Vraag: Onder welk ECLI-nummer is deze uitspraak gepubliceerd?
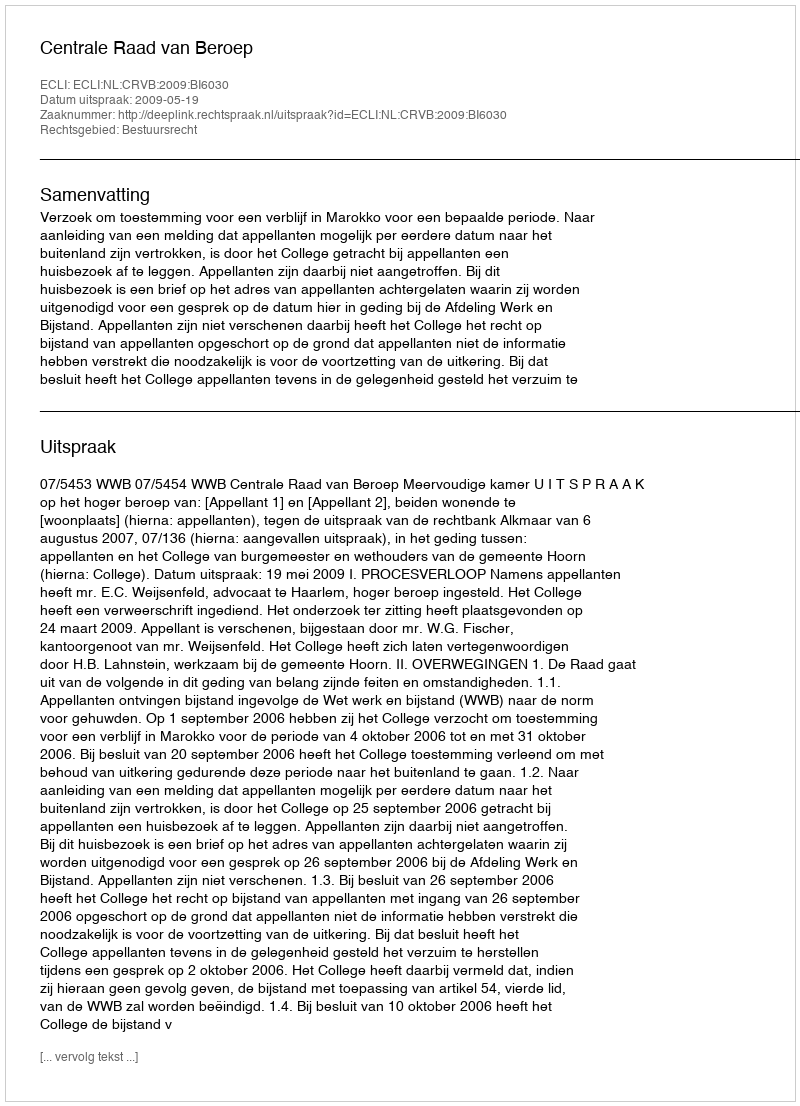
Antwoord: ECLI:NL:CRVB:2009:BI6030